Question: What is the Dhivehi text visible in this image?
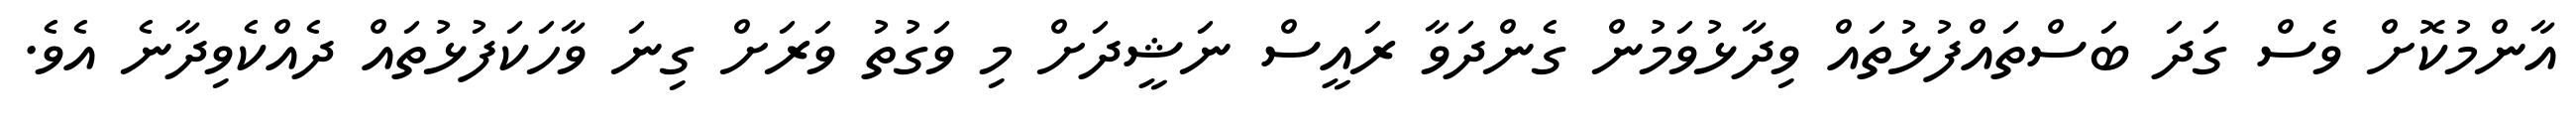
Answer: އާންމުކޮށް ވެސް ގަދަ ބަސްތައްފުޅުތައް ވިދާޅުވަމުން ގެންދަވާ ރައީސް ނަޝީދަށް މި ވަގުތު ވަރަށް ގިނަ ވާހަކަފުޅުތައް ދެއްކެވިދާނެ އެވެ.